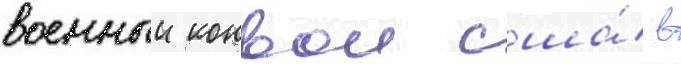
военныи конвои сша́ в